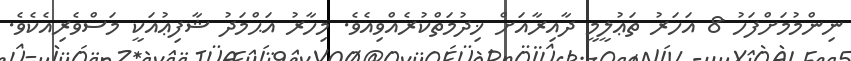
ނިންމުމަށްފަހު 8 އަހަރު ތަޢުލީމީ ދާއިރާއަށް ޚިދުމަތްކުރެއްވިއެވެ. މިހާރު އަޙްމަދު ޝާފިޢުއަކީ މަސްވެރިއެކެވެ.